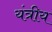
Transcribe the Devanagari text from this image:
यंत्रीय